NAE_ERA_R-1665_Eesti_Kunstnike_Liit, lk 97
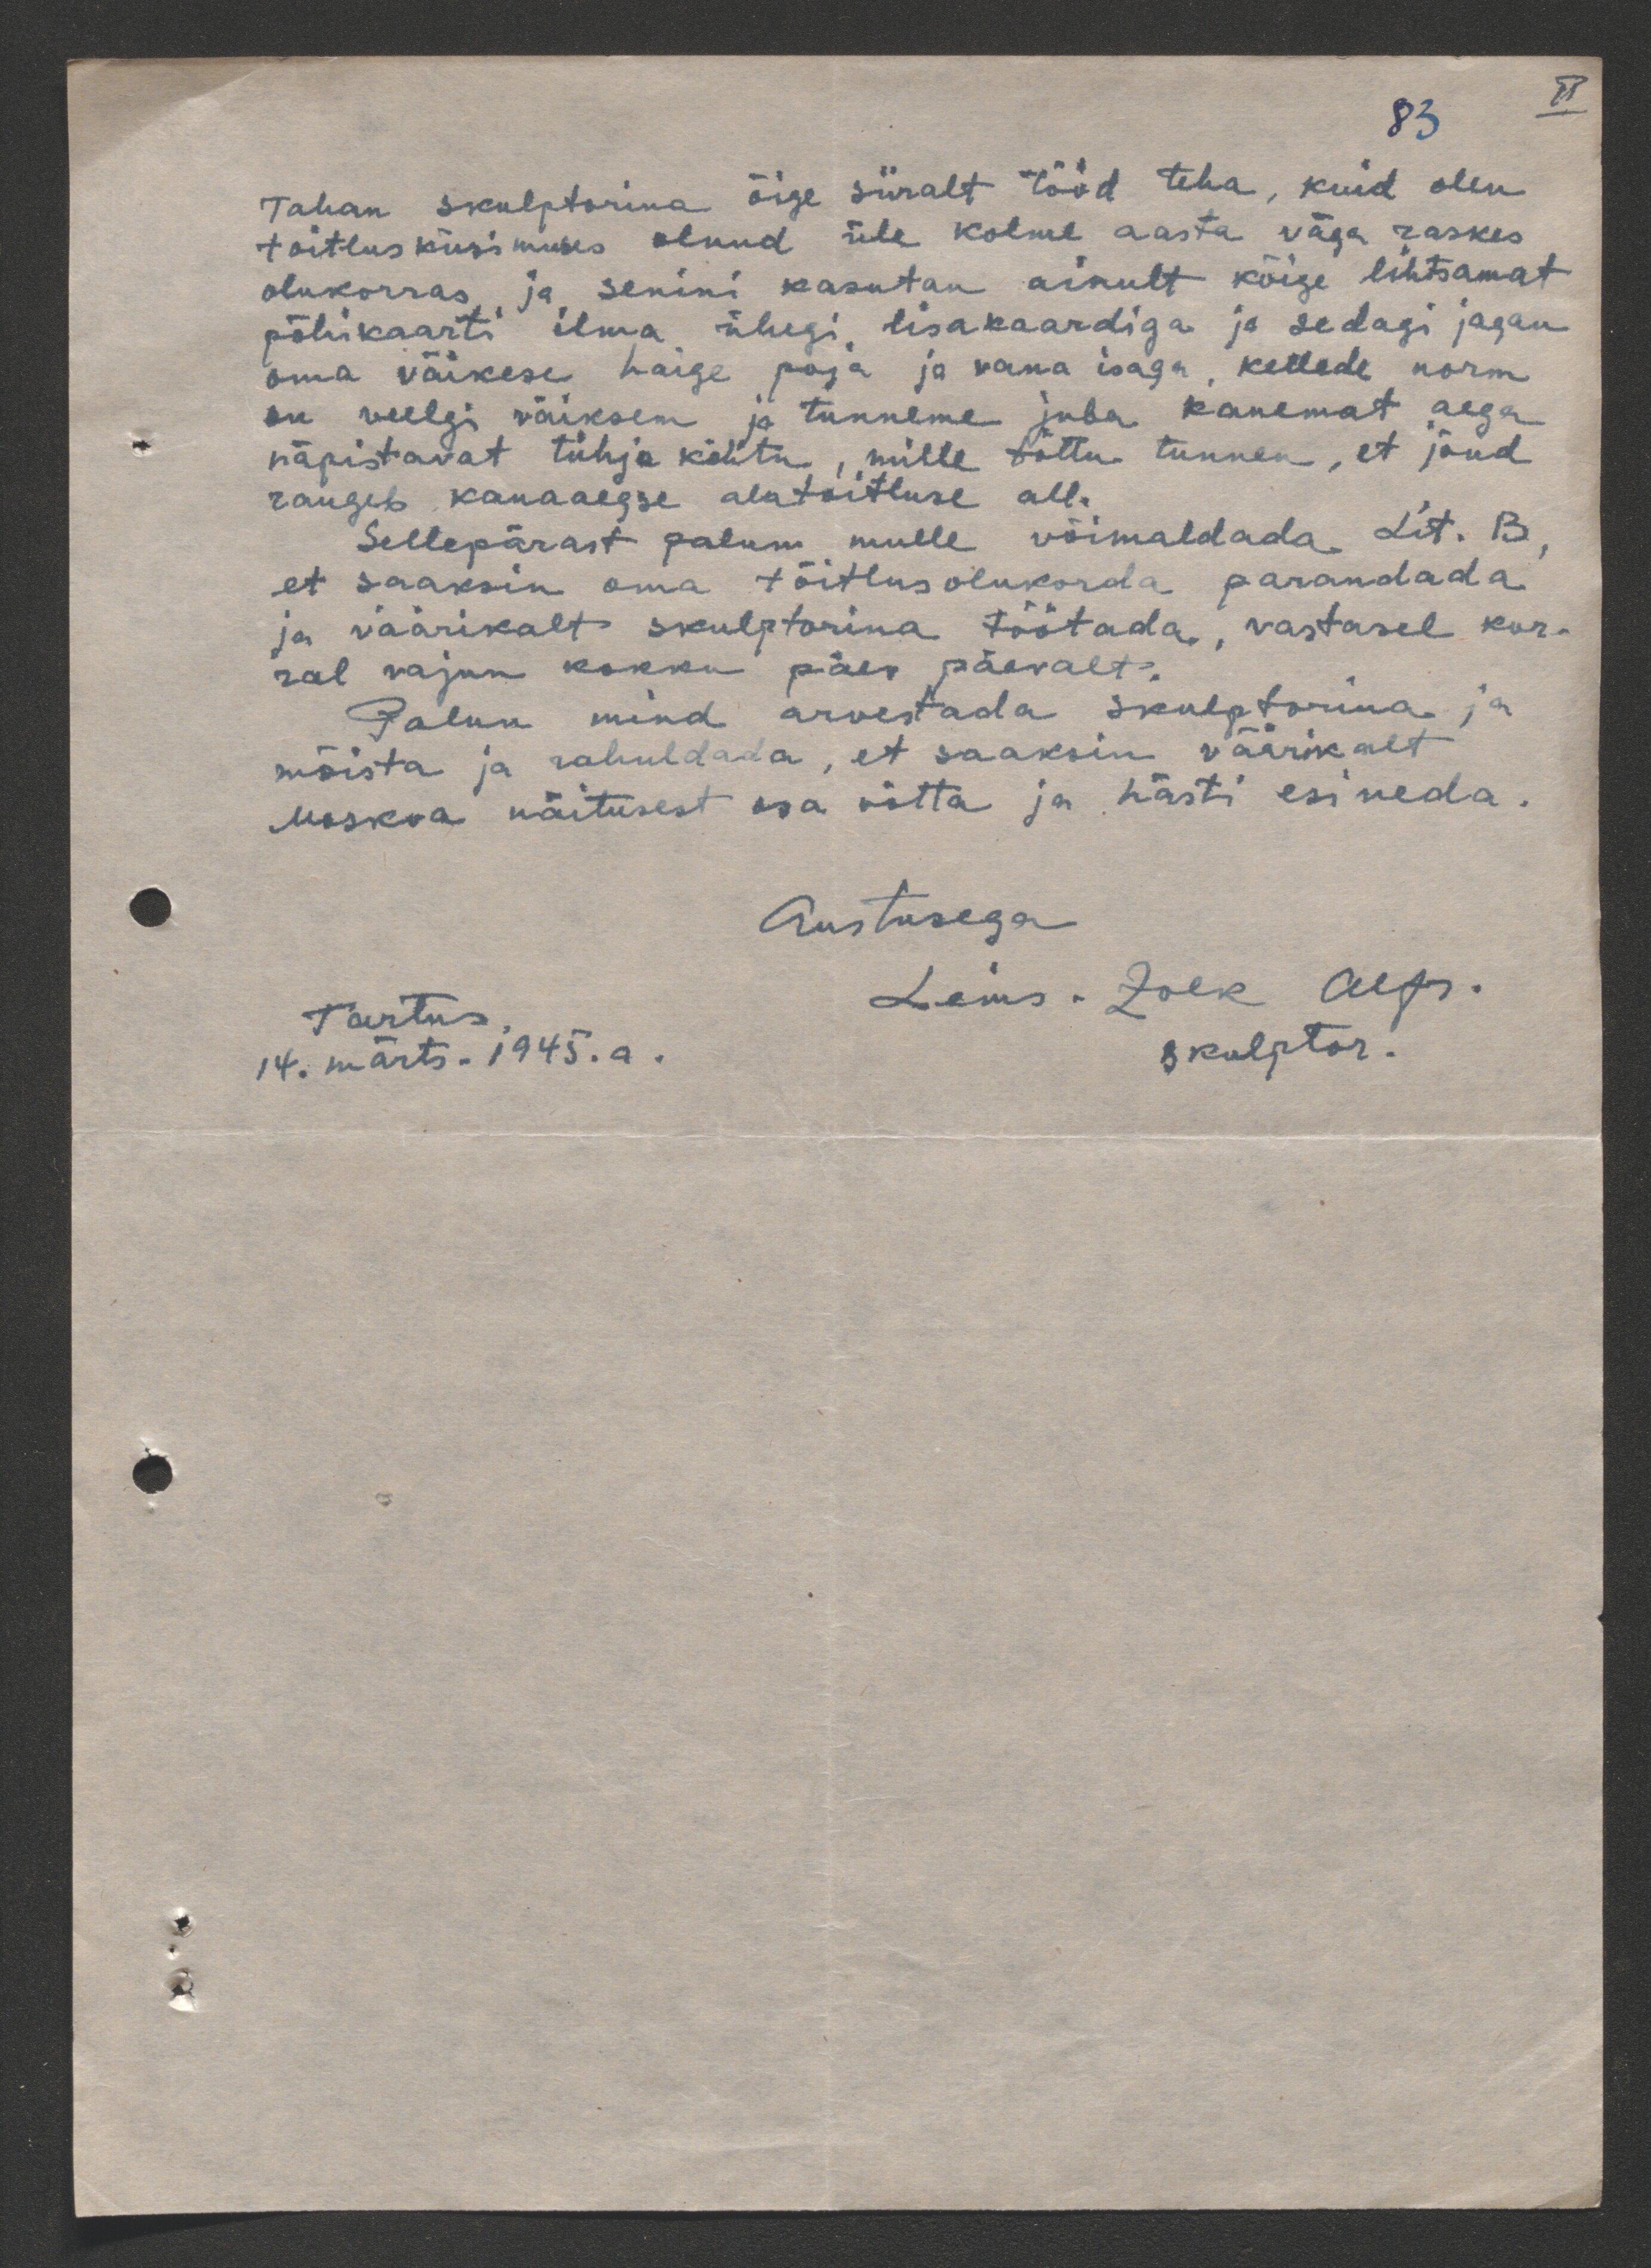
II

83
Tahan skulptorina õige siiralt tööd teha, kuid olen
toitlusküsimuses olnud üle kolme aasta väga raskes
olukorras ja senini kasutan ainult kõige lihtsamat
põhikaarti ilma ühegi lisakaardiga ja sedagi jagan
oma väikese haige poja ja vana isaga, kellede norm
on veelgi väiksem ja tunneme juba kauemat aega
näpistavat tühja kõhtu, mille tõttu tunnen, et jõud
raugeb kauaaegse alatoitluse all.
Sellepärast palun mulle võimaldada Lit. B,
et saaksin oma tõitlusolukorda parandada
ja väärikalt skulptorina töötada, vastasel kor-
ral vajun kokku päev päevalt.
Palun mind arvestada skulptorina ja
mõista ja rahuldada, et saaksin väärikalt
Moskva näitusest osa võtta ja hästi esineda.
Austusega
Tartus,
Leius-Zolk Alfr.
14. märts. 1945.a.
skulptor.